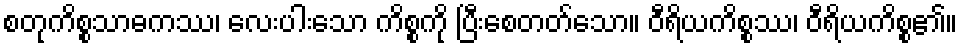
စတုကိစ္စသာဓကဿ၊ လေးပါးသော ကိစ္စကို ပြီးစေတတ်သော။ ဝီရိယကိစ္စဿ၊ ဝီရိယကိစ္စ၏။